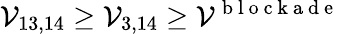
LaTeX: \mathcal{V}_{13,14}\geq\mathcal{V}_{3,14}\geq\mathcal{V}^{\mathrm{{~b~l~o~c~k~a~d~e~}}}